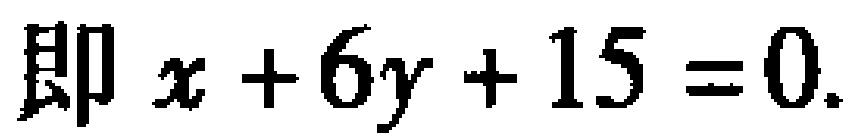
即 \(x + 6y + 15 = 0\)